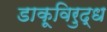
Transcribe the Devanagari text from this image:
डाकूविरुद्ध